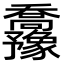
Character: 𫡡